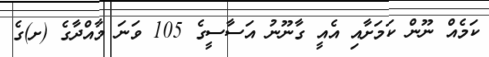
ކަމެއް ނޫން ކަމަށާއި އެއީ ގާނޫނު އަސާސީގެ 105 ވަނަ މާއްދާގެ (ށ)ގެ